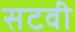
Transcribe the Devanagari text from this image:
सटवी